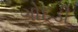
ગોદડી